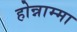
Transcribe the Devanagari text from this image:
होन्नाम्मा